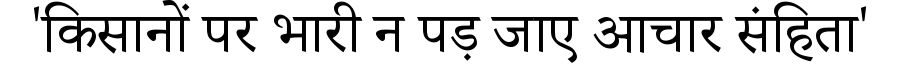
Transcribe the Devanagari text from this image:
'किसानों पर भारी न पड़ जाए आचार संहिता'